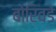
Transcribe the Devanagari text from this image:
बोरिवडे